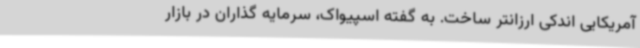
آمریکایی اندکی ارزانتر ساخت. به گفته اسپیواک، سرمایه گذاران در بازار